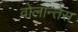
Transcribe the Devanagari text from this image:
वोलान्तेस